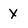
Character: y